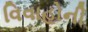
વિવાહોની